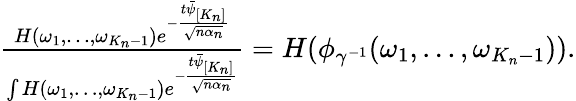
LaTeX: \begin{array}{r}{\frac{H(\omega_{1},\dots,\omega_{K_{n}-1})e^{-\frac{t\bar{\psi}_{[K_{n}]}}{\sqrt{n\alpha_{n}}}}}{\int H(\omega_{1},\dots,\omega_{K_{n}-1})e^{-\frac{t\bar{\psi}_{[K_{n}]}}{\sqrt{n\alpha_{n}}}}}=H(\phi_{\gamma^{-1}}(\omega_{1},\dots,\omega_{K_{n}-1})).}\end{array}